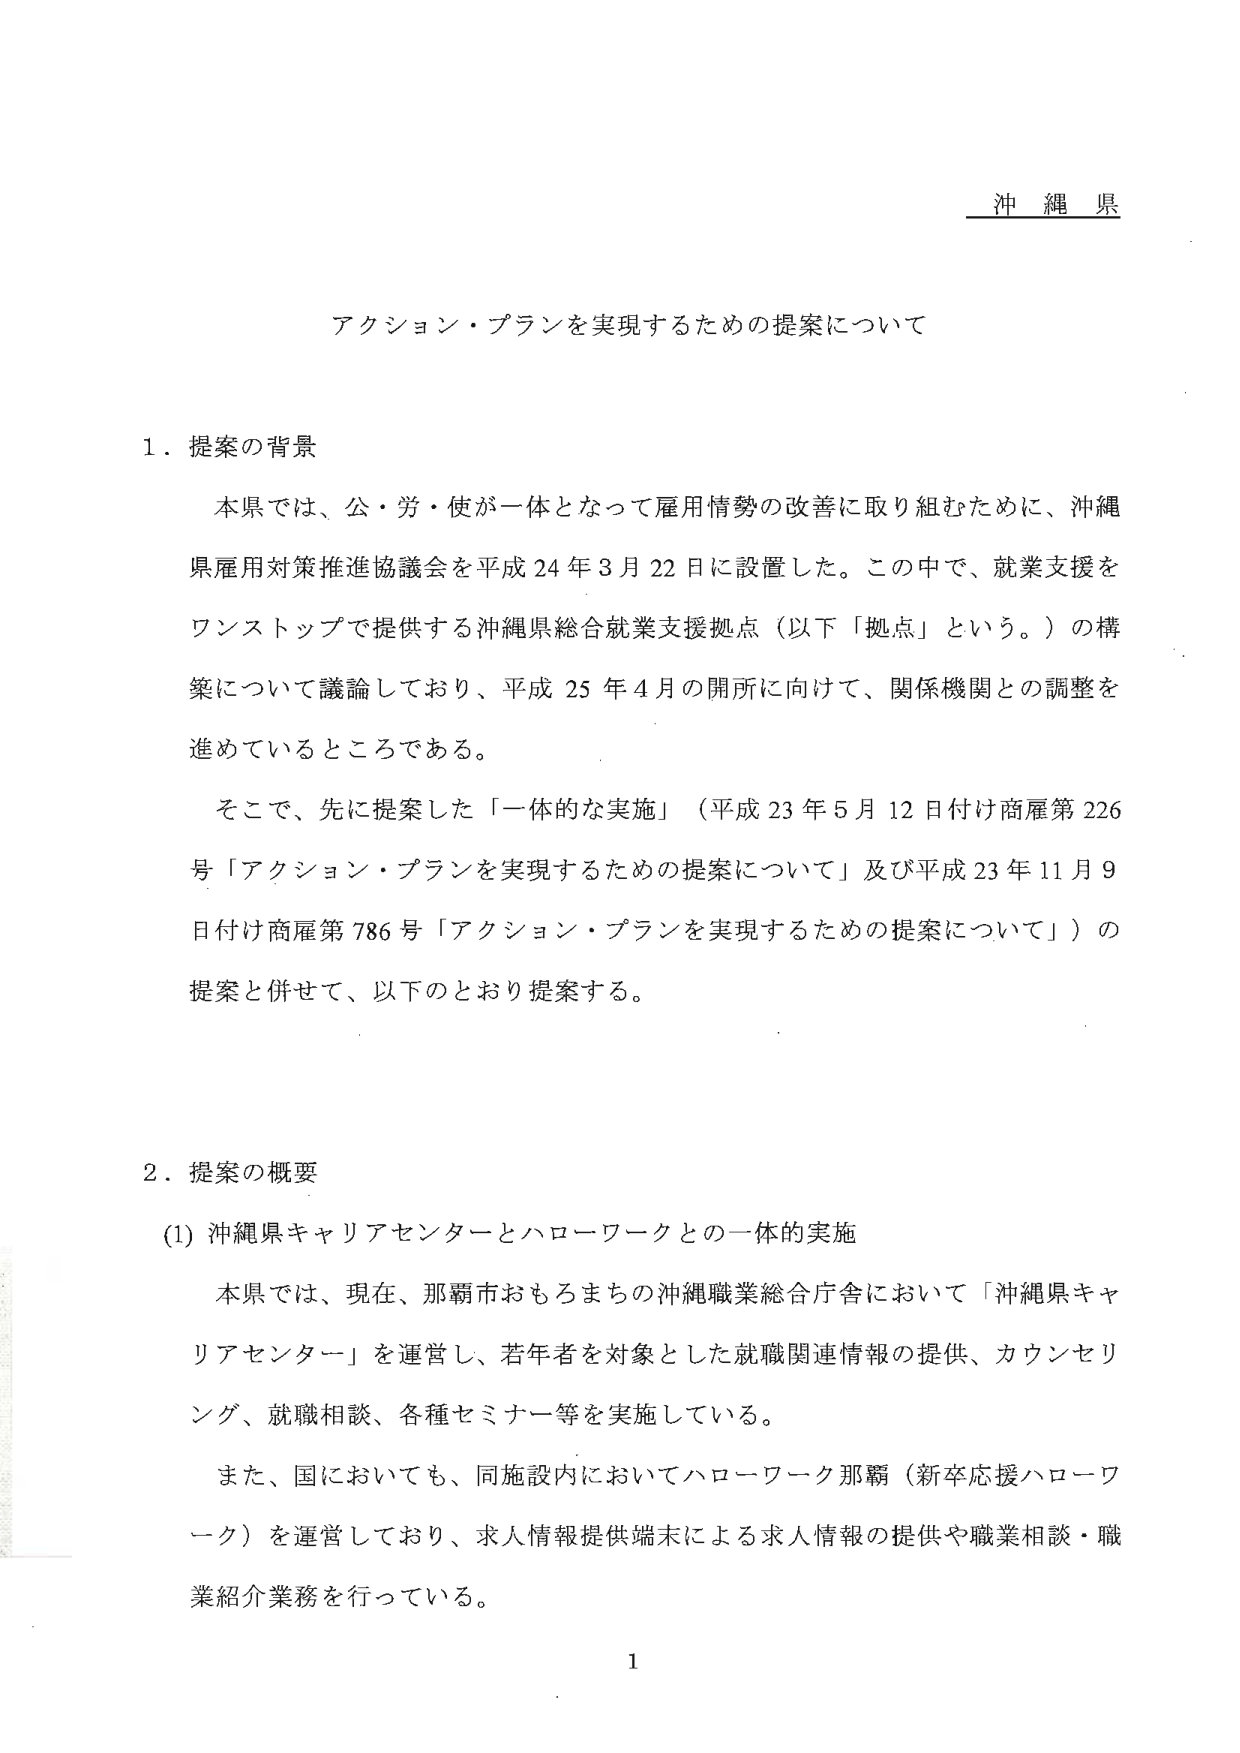
沖縄県

アクション・プランを実現するための提案について

１．提案の背景

本県では、公・労・使が一体となって雇用情勢の改善に取り組むために、沖縄県雇用対策推進協議会を平成24年3月22日に設置した。この中で、就業支援をワンストップで提供する沖縄県総合就業支援拠点（以下「拠点」という。）の構築について議論しており、平成25年4月の開所に向けて、関係機関との調整を進めているところである。

そこで、先に提案した「一体的な実施」（平成23年5月12日付け商雇第226号「アクション・プランを実現するための提案について」及び平成23年11月9日付け商雇第786号「アクション・プランを実現するための提案について」）の提案と併せて、以下のとおり提案する。

２．提案の概要

(1) 沖縄県キャリアセンターとハローワークとの一体的実施

本県では、現在、那覇市おもろまちの沖縄職業総合庁舎において「沖縄県キャリアセンター」を運営し、若年者を対象とした就職関連情報の提供、カウンセリング、就職相談、各種セミナー等を実施している。

また、国においても、同施設内においてハローワーク那覇（新卒応援ハローワーク）を運営しており、求人情報提供端末による求人情報の提供や職業相談・職業紹介業務を行っている。

1